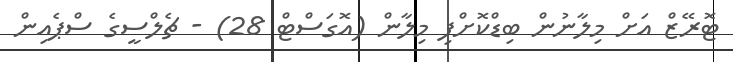
ޓޮރޭޒް އަށް މިލާނުން ބިޑްކޮށްފި މިލާން (އޮގަސްޓް 28) - ޗެލްސީގެ ސްޕެއިން